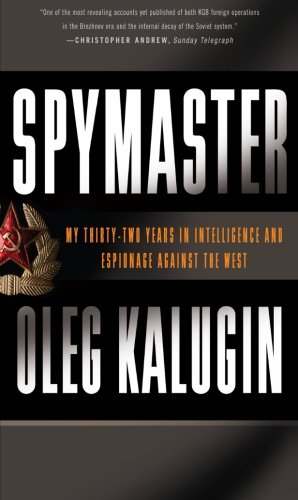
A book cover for Spymaster: My Thirty-two Years in Intelligence and Espionage Against the West; Oleg Kalugin; Biographies & Memoirs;